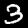
Digit: 3